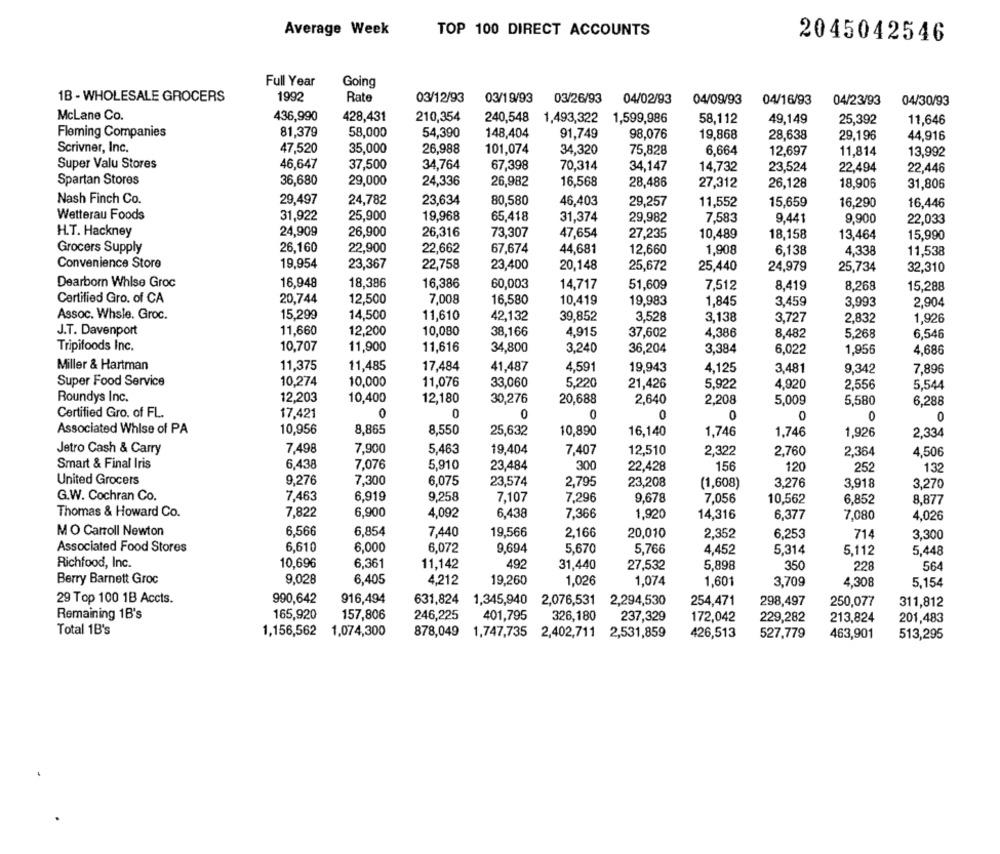
Average Week
TOP 100 DIRECT ACCOUNTS
2045042546
Full Year
Going
1B - WHOLESALE GROCERS
1992
Rate
03/12/93
03/19/93
03/26/93
04/02/93
04/09/93
04/16/93
04/23/93
04/30/93
McLane Co.
436,990
428,431
210,354
240,548 1,493,322
1,599,986
58,112
49,149
25,392
11,646
Fleming Companies
81,379
58,000
54,390
148,404
91,749
98,076
19,868
28,638
29,196
44,916
Scrivner, Inc.
47,520
35,000
26,988
101,074
34,320
75,828
6,664
12,697
11,814
13,992
Super Valu Stores
46,647
37,500
34,764
67,398
70,314
34,147
14,732
23,524
22,494
22.446
Spartan Stores
36,680
29,000
24,336
26,982
16,568
28,486
27,312
26,128
18,906
31,806
Nash Finch Co.
29,497
24,782
23,634
80,580
46,403
29,257
11,552
15,659
16,290
16,446
Wetterau Foods
31,922
25,900
19,968
65,418
31,374
29,982
7,583
9,441
9,900
22,033
26.316
H.T. Hackney
24,909
26,900
73,307
47,654
27,235
10,489
18,158
13,464
15,990
Grocers Supply
26,160
22,662
67,674
22,900
44,681
12,660
1,908
6,138
4,338
11,538
Convenience Store
19,954
23,367
22,759
23,400
20,148
25,672
25,440
24,979
25,734
32,310
Dearborn Whlse Groc
16,948
18,386
16,386
60,003
14,717
51,609
7,512
8,419
8,268
15,288
Certified Gro. of CA
20,744
12,500
7,008
16,580
10,419
19,983
1,845
3,459
3,993
2,904
Assoc. Whsle. Groc.
15,299
14,500
11,610
42,132
3,528
3,138
39,852
3,727
2,832
1,926
J.T. Davenport
11,660
12,200
10,080
38,166
4,915
37,602
4,386
8,482
5.268
6,546
Tripifoods Inc.
10,707
11,900
11,616
34,800
3.240
36,204
3,384
6,022
1,956
4,686
Miller & Hartman
11,375
11,485
17,484
41,487
4,591
19,943
4,125
3,481
9,342
7,896
Super Food Service
10,274
10,000
11,076
33,060
5,220
21,426
5,922
4,920
5,544
2,556
Roundys Inc.
12,203
10,400
12,180
30,276
20,688
2,640
2,208
5,009
5,580
6,288
Certified Gro. of FL.
17,421
0
0
0
0
0
0
0
Associated Whise of PA
10,956
8,865
8,550
25,632
10,890
16,140
1,746
1,746
1,926
2,334
Jetro Cash & Carry
7,498
7,900
5,463
19,404
7,407
12,510
2,322
2,760
2,364
4,506
Smart & Final Iris
6,438
7,076
5,910
23,484
300
22,428
156
120
252
132
United Grocers
9,276
7,300
6,075
23,574
2,795
23,208
(1,608)
3,276
3,918
3,270
9,258
G.W. Cochran Co.
7,463
6,919
7,107
7,296
9,678
7,056
10,562
6,852
8,877
Thomas & Howard Co.
7,822
6,900
4,092
6,438
1.920
7,366
14,316
6,377
7,080
4,026
M O Carroll Newton
6,566
6,854
7,440
19,566
2,166
20,010
2,352
6,253
714
3,300
6,610
Associated Food Stores
6,000
6,072
9,694
5,670
5,766
4,452
5,314
5,112
5,448
Richfood, Inc.
10,696
6,361
492
350
11,142
31,440
27,532
5,898
228
564
Berry Barnett Groc
9,028
6,405
4.212
19,260
1,026
1,074
1,601
3,709
4,308
5,154
916,494
631,824
29 Top 100 1B Accts.
990,642
1,345,940
2,076,531
2,294,530
254,471
298,497
250,077
311,812
Remaining 1B's
165,920
157,806
246,225
401,795
326,180
237,329
172,042
229,282
213,824
201,483
Total 1B's
1,156,562
1,074,300
878,049
1,747,735
2,402,711
2,531,859
426,513
527,779
463,901
513,295